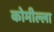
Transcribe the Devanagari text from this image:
कोमील्ला